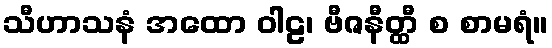
သီဟာသနံ အထော ဝါဠ၊ ဗီဇနီတ္ထီ စ စာမရံ။